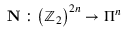
\mathbf { N } : \left( \mathbb { Z } _ { 2 } \right) ^ { 2 n } \rightarrow \Pi ^ { n }